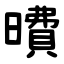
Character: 曊